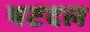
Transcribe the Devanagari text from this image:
षटदल